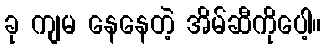
ခု ကျမ နေနေတဲ့ အိမ်ဆီကိုပေါ့။